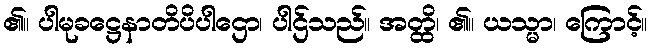
၏။ ပါမုခဋ္ဌေနာတိပိပါဌော၊ ပါဌ်သည်။ အတ္ထိ၊ ၏။ ယသ္မာ၊ ကြောင့်။